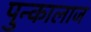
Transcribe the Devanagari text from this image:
पुन्कालाज